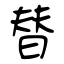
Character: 替